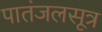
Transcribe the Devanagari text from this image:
पातंजलसूत्र